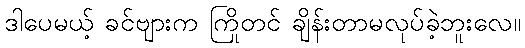
ဒါပေမယ့် ခင်ဗျားက ကြိုတင် ချိန်းတာမလုပ်ခဲ့ဘူးလေ။